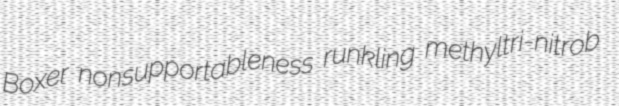
Boxer nonsupportableness runkling methyltri-nitrob